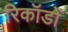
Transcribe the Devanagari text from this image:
रिकॉडों